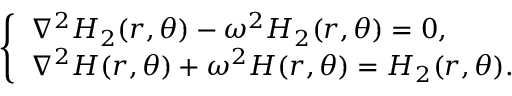
\left\{ \begin{array} { l l } { \nabla ^ { 2 } H _ { 2 } ( r , \theta ) - \omega ^ { 2 } H _ { 2 } ( r , \theta ) = 0 , } \\ { \nabla ^ { 2 } H ( r , \theta ) + \omega ^ { 2 } H ( r , \theta ) = H _ { 2 } ( r , \theta ) . } \end{array} \right.